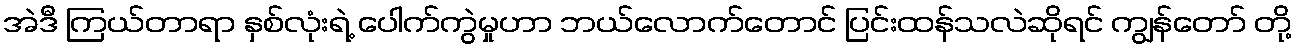
အဲဒီ ကြယ်တာရာ နှစ်လုံးရဲ့ ပေါက်ကွဲမှုဟာ ဘယ်လောက်တောင် ပြင်းထန်သလဲဆိုရင် ကျွန်တော် တို့